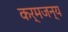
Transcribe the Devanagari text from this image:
कर्मजन्य